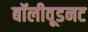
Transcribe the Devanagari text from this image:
बॉलीवूडनट